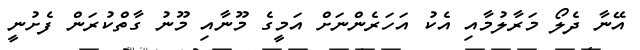
އޭނާ ދެލޯ މަރާލުމާއި އެކު އަހަރެންނަށް އަމީގެ މޫނާއި މޫނު ގާތްކުރަން ފެށުނީ